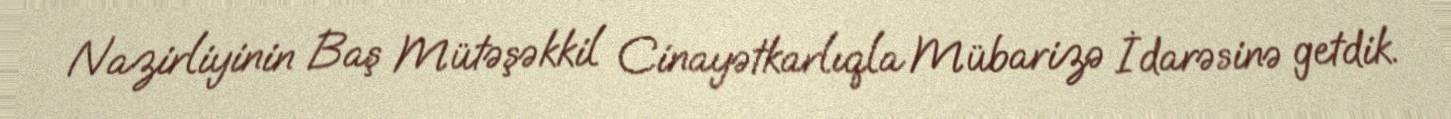
Nazirliyinin Baş Mütəşəkkil Cinayətkarlıqla Mübarizə İdarəsinə getdik.